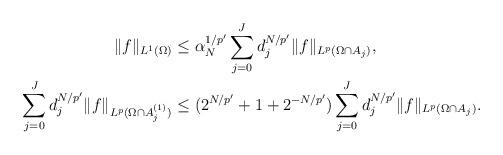
LaTeX: \begin{align*}\|f\|_{L^1(\Omega)} &\le \alpha_N^{1/p'} \sum_{j=0}^J d_j^{N/p'} \|f\|_{L^p(\Omega\cap A_j)} , \\\sum_{j=0}^J d_j^{N/p'} \|f\|_{L^p(\Omega\cap A_j^{(1)})} &\le (2^{N/p'} + 1 + 2^{-N/p'}) \sum_{j=0}^J d_j^{N/p'} \|f\|_{L^p(\Omega\cap A_j)}. \end{align*}